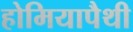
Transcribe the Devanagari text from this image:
होमियापैथी